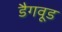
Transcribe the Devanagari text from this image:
डैगवूड